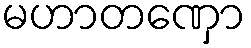
မဟာတဏှော